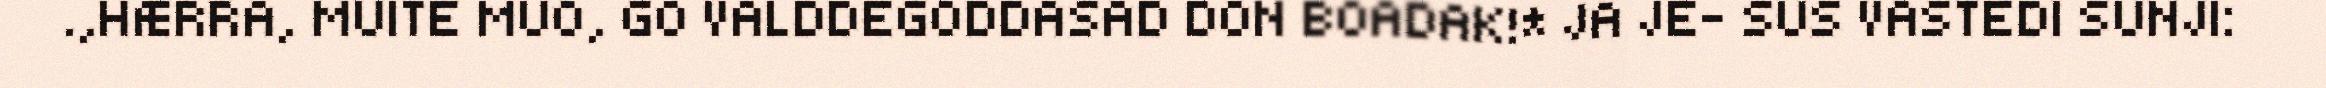
.,HÆRRA, MUITE MUO, GO VALDDEGODDASAD DON BOADAK!* JA JE- SUS VASTEDI SUNJI: